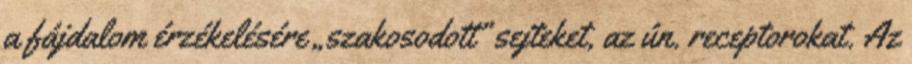
a fájdalom érzékelésére „szakosodott” sejteket, az ún. receptorokat. Az